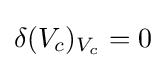
\delta (V_{c})_{V_{c}}=0